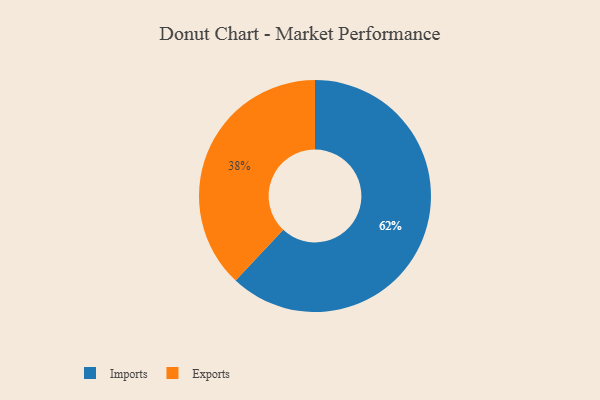
{"axis": {"x": "Category", "y": "Percentage"}, "legend": ["Exports", "Imports"], "data": [{"x": "Exports", "y": 38, "type": "Exports"}, {"x": "Imports", "y": 62, "type": "Imports"}]}